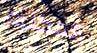
المكتبه